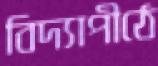
বিদ্যাপীঠে